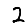
Digit: 2